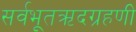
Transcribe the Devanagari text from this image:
सर्वभूतऋदग्रहणी